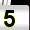
Digit: 5